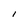
Character: i